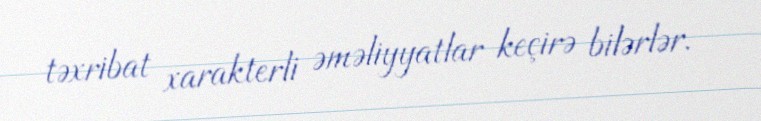
təxribat xarakterli əməliyyatlar keçirə bilərlər.